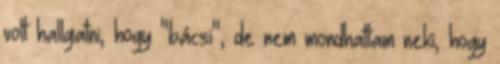
volt hallgatni, hogy "bácsi", de nem mondhattam neki, hogy